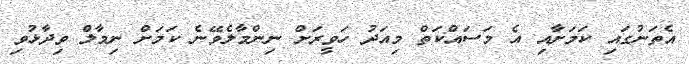
އެތަނުގައި ކަމަށާއި އެ މަސައްކަތް މިއަދު ހަވީރަށް ނިންމާލެވޭނެ ކަމަށް ނިމާލް ވިދާޅުވި